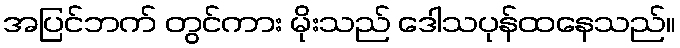
အပြင်ဘက် တွင်ကား မိုးသည် ဒေါသပုန်ထနေသည်။